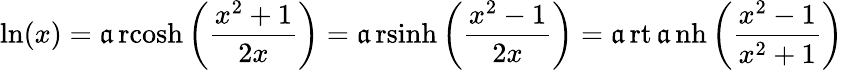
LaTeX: \ln(x)=\operatorname{\mathfrak{a}rcosh}\left({\frac{{x^{2}+1}}{{2x}}}\right)=\operatorname{\mathfrak{a}rsinh}\left({\frac{{x^{2}-1}}{{2x}}}\right)=\operatorname{\mathfrak{a}rt\mathfrak{a}nh}\left({\frac{{x^{2}-1}}{{x^{2}+1}}}\right)